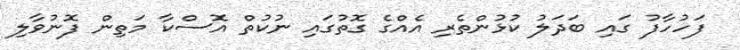
ފަހުހާފު ގައި ބަދަލު ކުޅުންތެރި އެއްގެ ގޮތުގައި ނުކުތް އޮސްކާ މަތިން ފޮނުވާލި